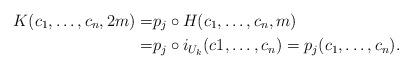
LaTeX: \begin{align*}K(c_1,\dots,c_n,2m)= &p_j \circ H (c_1,\dots,c_n,m) \\= &p_j \circ i_{U_k}(c1,\dots,c_n)=p_j(c_1,\dots,c_n).\end{align*}